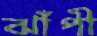
ঝাঁপী